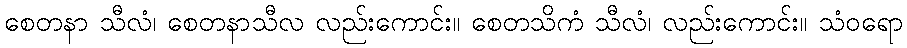
စေတနာ သီလံ၊ စေတနာသီလ လည်းကောင်း။ စေတသိကံ သီလံ၊ လည်းကောင်း။ သံဝရော